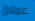
عملاق